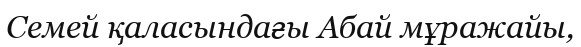
Семей қаласындағы Абай мұражайы,